Civil Veterinary Department. Madras. Admin. report 1910-25 - 1910-1925
Year: 1910
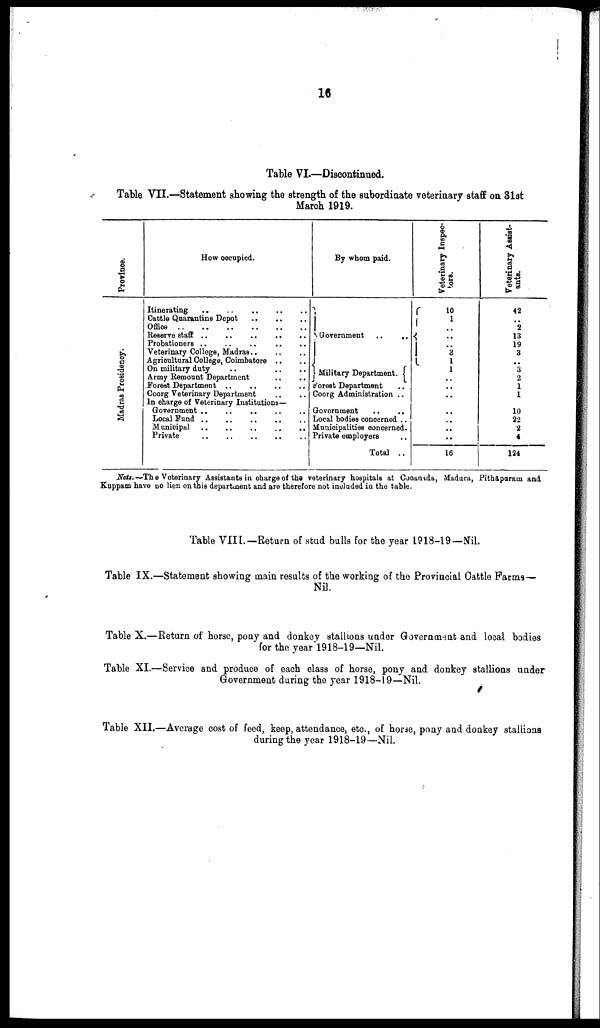
16
Table VI.—Discontinued.
Table VII.—Statement showing the strength of the subordinate veterinary staff on 31at
March 1919.
Province.
Madras Pr es i
dency.
How occupied.
Itinerating .. .. .. .. ..
Cattle Quarantine Depot .. .. ..
Office .. .. .. .. .. ..
Reserve staff .. .. .. .. ..
Probationers .. .. .. ..
Veterinary College, Madras .. .. ..
Agricultural College, Coimbatore .. ..
On military duty .. .. ..
Army Remount Department .. ..
Forest Department .. .. .. ..
Coorg Veterinary Department .. ..
In charge of Veterinary Institutions—
Government .. .. .. .. ..
Local Fund .. .. .. .. ..
Municipal .. .. .. .. ..
Private .. .. .. .. ..
By whom paid.
Government ..
..
Military Department.
Forest Department ..
Coorg Administration ..
Government
..
..
Local bodies concerned ..
Municipalities concerned.
Private employers
Total ..
Veterinary Inspec-
tors.
10
1
..
..
..
3
1
1
..
..
..
..
..
..
..
16
Veterinary Assist-
ants.
42
..
2
13
19
3
..
3
2
1
1
10
22
2
4
124
Note.—The Veterinary Assistants in charge of the veterinary hospitals at Cocanada, Madura, Pithapuram and
Kuppam have no lien on this department and are therefore not included in the table.
Table VIII.—Return of stud bulls for the year 1918-19—Nil.
Table IX.—Statement showing main results of the working of the Provincial Cattle Farms—
Nil.
Table X.—Return of horse, pony and donkey stallions under Government and local bodies
for the year 1918-19—Nil.
Table XI.—Service and produce of each class of horse, pony and donkey stallions under
Government during the year 1918-19—Nil.
Table XII.—Average cost of feed, keep, attendance, etc., of horse, pony and donkey stailions
during the year 1918-19—Nil.